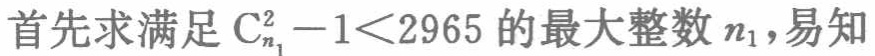
首先求满足\(C_{n_1}^2 - 1<2965\)的最大整数\(n_1\)，易知